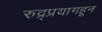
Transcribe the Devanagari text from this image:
रुद्र्प्रयागहून